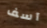
آسف